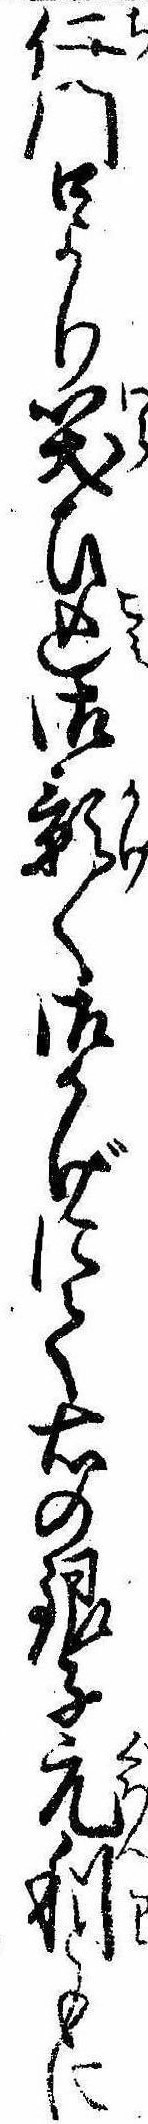
仁門口より笑ひ込御影〱御かげにて右の銀子元利ともに